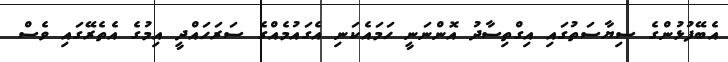
އެބޭފުޅުންގެ ސިޔާސަތުގައި އިގްތިސާދު އޮންނަނީ ހަމައެކަނި އެގައުމެއްގެ ސަރަހައްދީ އިމުގެ އެތެރޭގައި ވެސް